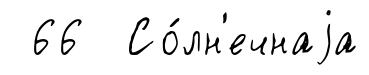
66 Со́лн'ечнаjа